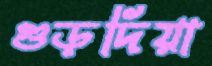
গুড়দিয়া